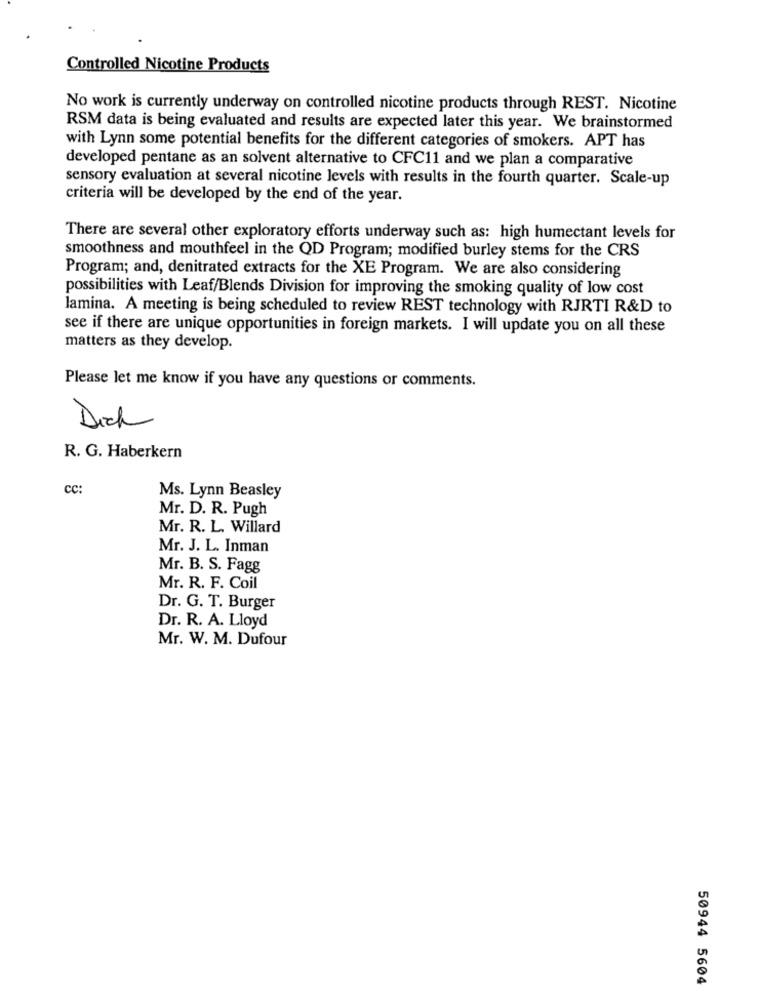
Controlled Nicotine Products
No work is currently underway on controlled nicotine products through REST. Nicotine
RSM data is being evaluated and results are expected later this year. We brainstormed
with Lynn some potential benefits for the different categories of smokers. APT has
developed pentane as an solvent alternative to CFC11 and we plan a comparative
sensory evaluation at several nicotine levels with results in the fourth quarter. Scale-up
criteria will be developed by the end of the year.
There are several other exploratory efforts underway such as: high humectant levels for
smoothness and mouthfeel in the QD Program; modified burley stems for the CRS
Program; and, denitrated extracts for the XE Program. We are also considering
possibilities with Leaf/Blends Division for improving the smoking quality of low cost
lamina. A meeting is being scheduled to review REST technology with RJRTI R&D to
see if there are unique opportunities in foreign markets. I will update you on all these
matters as they develop.
Please let me know if you have any questions or comments.
Dich
R. G. Haberkern
CC:
Ms. Lynn Beasley
Mr. D. R. Pugh
Mr. R. L. Willard
Mr. J. L. Inman
Mr. B. S. Fagg
Mr. R. F. Coil
Dr. G. T. Burger
Dr. R. A. Lloyd
Mr. W. M. Dufour
50944 5604